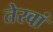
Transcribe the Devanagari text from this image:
तेरवां